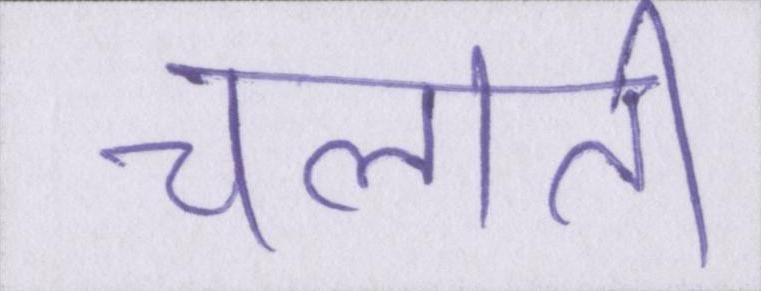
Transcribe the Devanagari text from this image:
चलाती